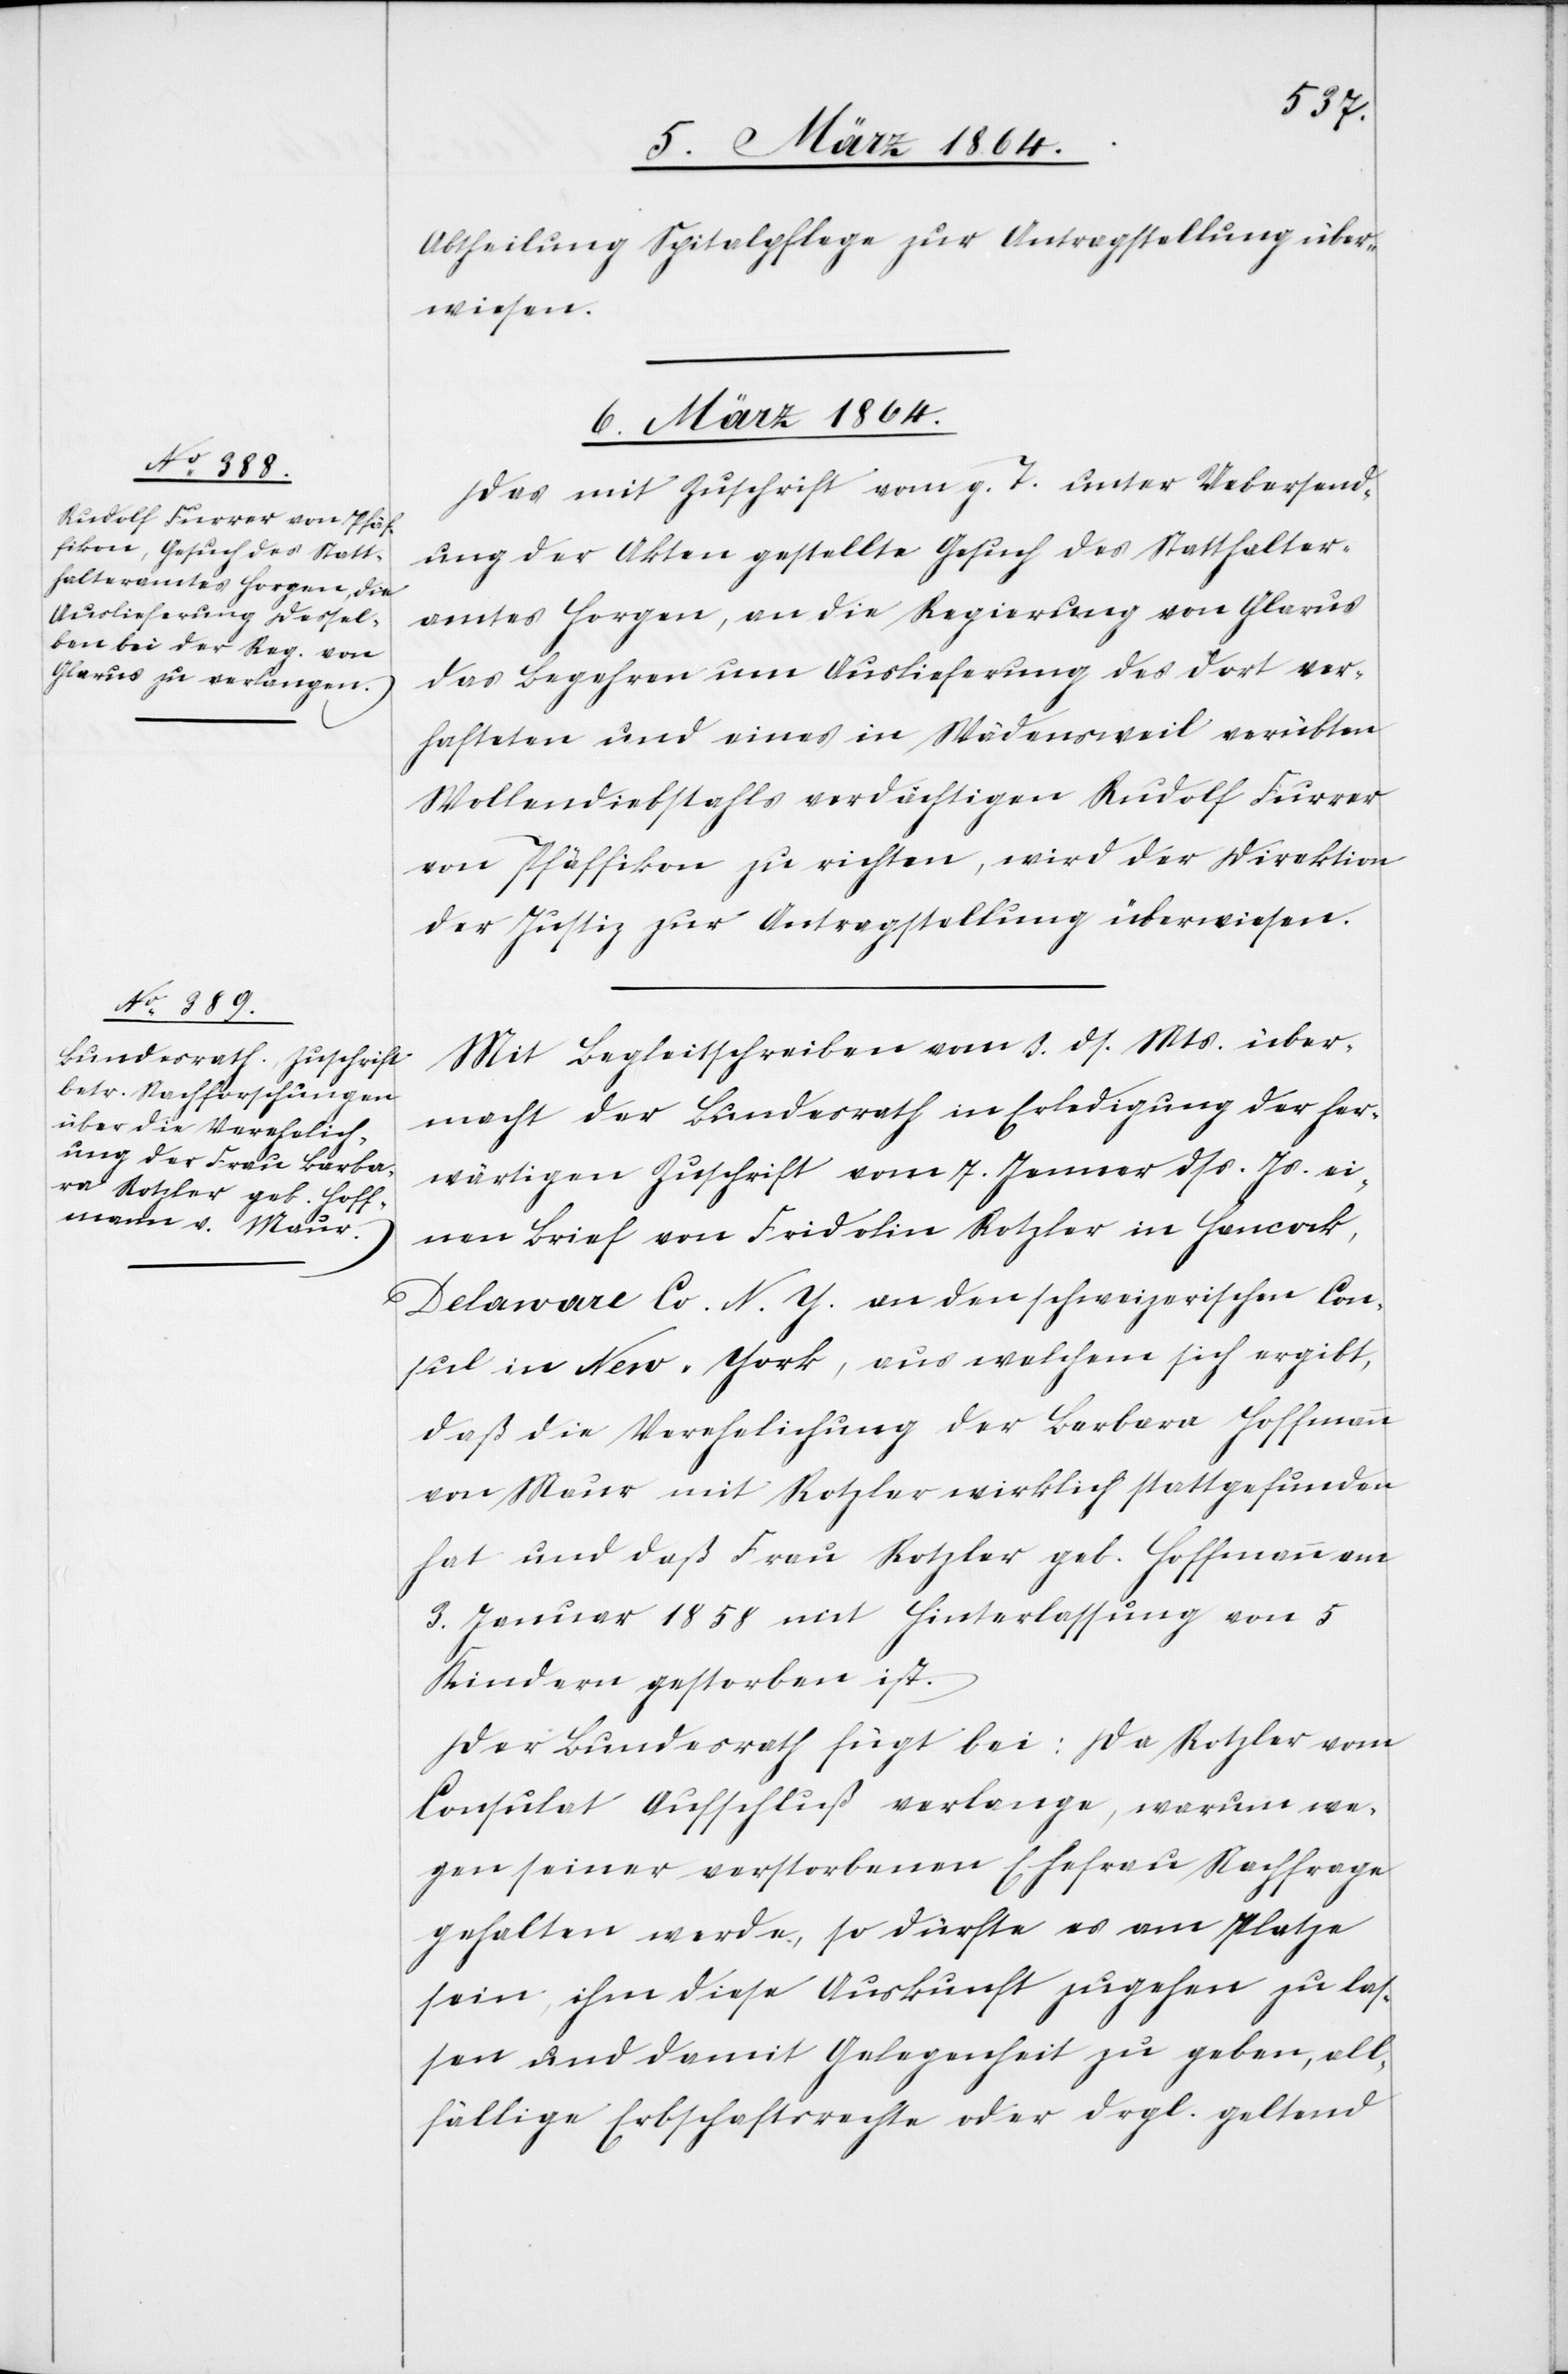
Abtheilung Spitalpflege zur Antragstellung über¬
wiesen.
6. März 1864.]
Das mit Zuschrift vom g. T. unter Uebersend¬
ung der Akten gestellte Gesuch des Statthalter¬
amtes Horgen, an die Regierung von Glarus
das Begehren um Auslieferung des dort ver¬
hafteten und eines in Wädensweil verübten
Wollendiebstahls verdächtigen Rudolf Furrer
von Pfäffikon zu richten, wird der Direktion
der Justiz zur Antragstellung überwiesen.
Mit Begleitschreiben vom 3. ds. Mts über¬
macht der Bundesrath in Erledigung der her¬
wärtigen Zuschrift vom 7. Jenner dss. Js. ei¬
nen Brief von Fridolin Rotzler in Hancock,
Delaware Co. N. Y. an den schweizerischen Con¬
sul in New-York, aus welchem sich ergibt,
daß die Verehelichung der Barbara Hoffmann
von Maur mit Rotzler wirklich stattgefunden
hat und daß Frau Rotzler geb. Hoffmann am
3. Januar 1858 mit Hinterlassung von 5
Kindern gestorben ist.
Der Bundesrath fügt bei: Da Rotzler vom
Consulat Aufschluß verlange, warum we¬
gen seiner verstorbenen Ehefrau Nachfrage
gehalten werde, so dürfte es am Platze
sein, ihm diese Auskunft zugehen zu las¬
sen und damit Gelegenheit zu geben, all¬
fällige Erbschaftsrechte oder drgl. geltend